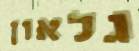
גלאון